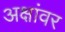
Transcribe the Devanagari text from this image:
अक्षांवर